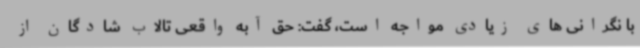
با نگرانی های زیادی مواجه است، گفت: حق آبه واقعی تالاب شادگان از